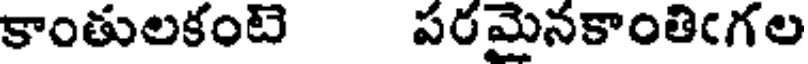
కాంతులకంటె పరమైనకాంతిఁగల